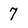
Character: 7